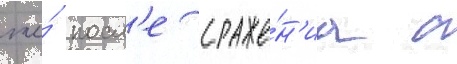
же́ посл'е сраже́н'иа с